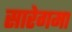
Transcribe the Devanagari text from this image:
सारेगमा